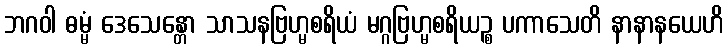
ဘဂဝါ ဓမ္မံ ဒေသေန္တော သာသနဗြဟ္မစရိယံ မဂ္ဂဗြဟ္မစရိယဉ္စ ပကာသေတိ နာနာနယေဟိ